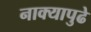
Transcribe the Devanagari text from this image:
नाक्‍यापुढे